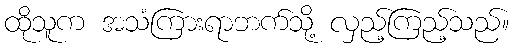
ထိုသူက အသံကြားရာဘက်သို့ လှည့်ကြည့်သည်။